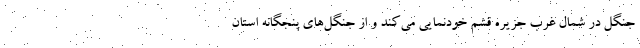
جنگل در شمال غرب جزیره قشم خودنمایی می‌کند و از جنگل‌های پنجگانه استان